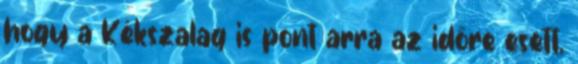
hogy a Kékszalag is pont arra az időre esett,